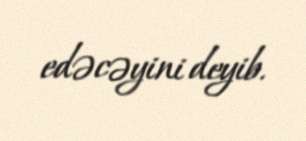
edəcəyini deyib.